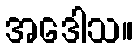
အဒေါသ။